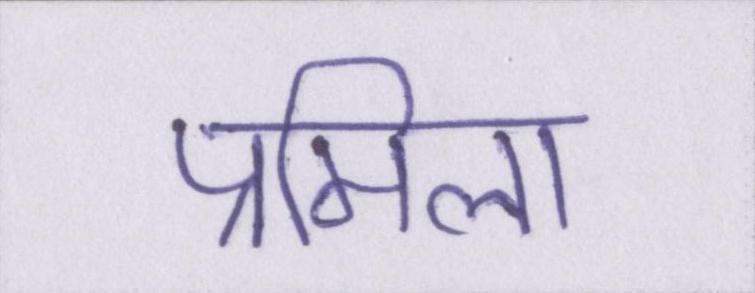
प्रमिला